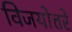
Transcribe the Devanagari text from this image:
विजयोत्तरे